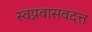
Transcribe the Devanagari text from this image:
स्वप्नवासवदत्त